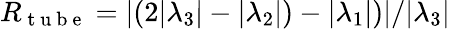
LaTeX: R_{\mathrm{~t~u~b~e~}}=\vert(2\vert\lambda_{3}\vert-\vert\lambda_{2}\vert)-\vert\lambda_{1}\vert)\vert/\vert\lambda_{3}\vert